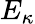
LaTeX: E_{\kappa}